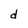
Character: d